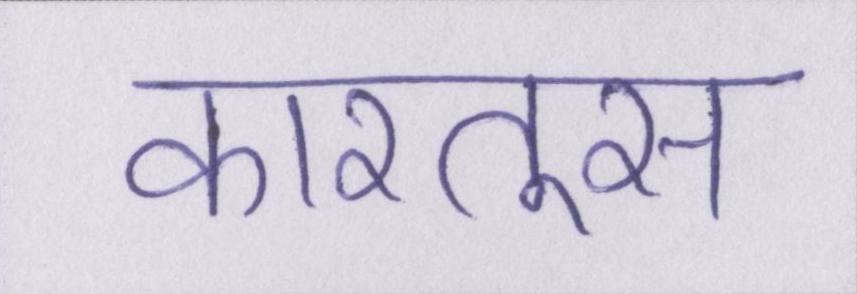
कारतूस